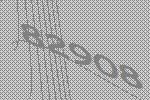
82908